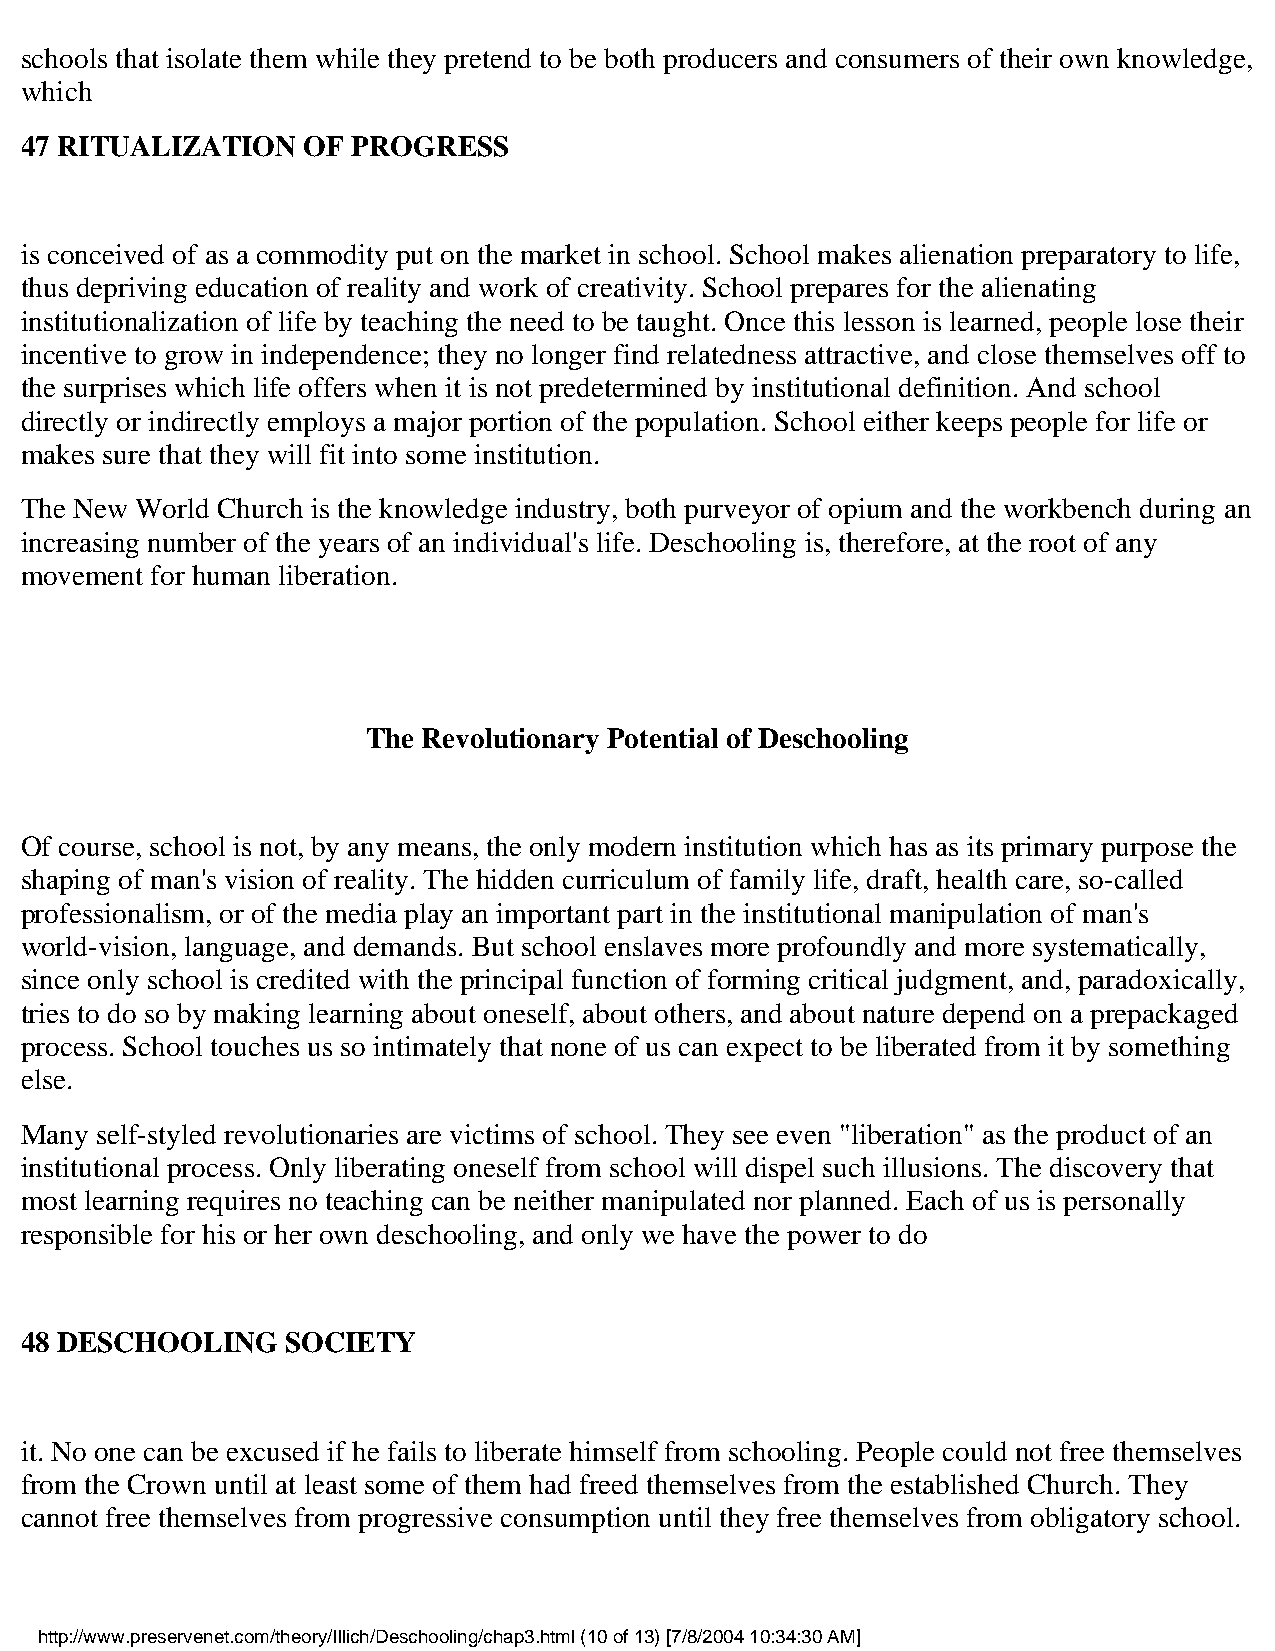
schools that isolate them while they pretend to be both producers and consumers of their own knowledge,
 which
 47 RITUALIZATION   OF PROGRESS
 is conceived of as a commodity put on the market in school. School makes alienation preparatory to life,
 thus depriving education of reality and work of creativity. School prepares for the alienating
 institutionalization of life by teaching the need to be taught. Once this lesson is learned, people lose their
 incentive to grow in independence; they no longer find relatedness attractive, and close themselves off to
 the surprises which life offers when it is not predetermined by institutional definition. And school
 directly or indirectly employs a major portion of the population. School either keeps people for life or
 makes sure that they will fit into some institution.
 The New World Church is the knowledge industry, both purveyor of opium and the workbench during an
 increasing number of the years of an individual's life. Deschooling is, therefore, at the root of any
 movement for human liberation.
 The Revolutionary Potential of Deschooling
 Of course, school is not, by any means, the only modern institution which has as its primary purpose the
 shaping of man's vision of reality. The hidden curriculum of family life, draft, health care, so-called
 professionalism, or of the media play an important part in the institutional manipulation of man's
 world-vision, language, and demands. But school enslaves more profoundly and more systematically,
 since only school is credited with the principal function of forming critical judgment, and, paradoxically,
 tries to do so by making learning about oneself, about others, and about nature depend on a prepackaged
 process. School touches us so intimately that none of us can expect to be liberated from it by something
 else.
 Many self-styled revolutionaries are victims of school. They see even "liberation" as the product of an
 institutional process. Only liberating oneself from school will dispel such illusions. The discovery that
 most learning requires no teaching can be neither manipulated nor planned. Each of us is personally
 responsible for his or her own deschooling, and only we have the power to do
 48 DESCHOOLING    SOCIETY
 it. No one can be excused if he fails to liberate himself from schooling. People could not free themselves
 from the Crown until at least some of them had freed themselves from the established Church. They
 cannot free themselves from progressive consumption until they free themselves from obligatory school.
 http://www.preservenet.com/theory/Illich/Deschooling/chap3.html (10 of 13) [7/8/2004 10:34:30 AM]